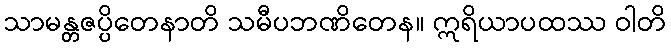
သာမန္တဇပ္ပိတေနာတိ သမီပဘဏိတေန။ ဣရိယာပထဿ ဝါတိ